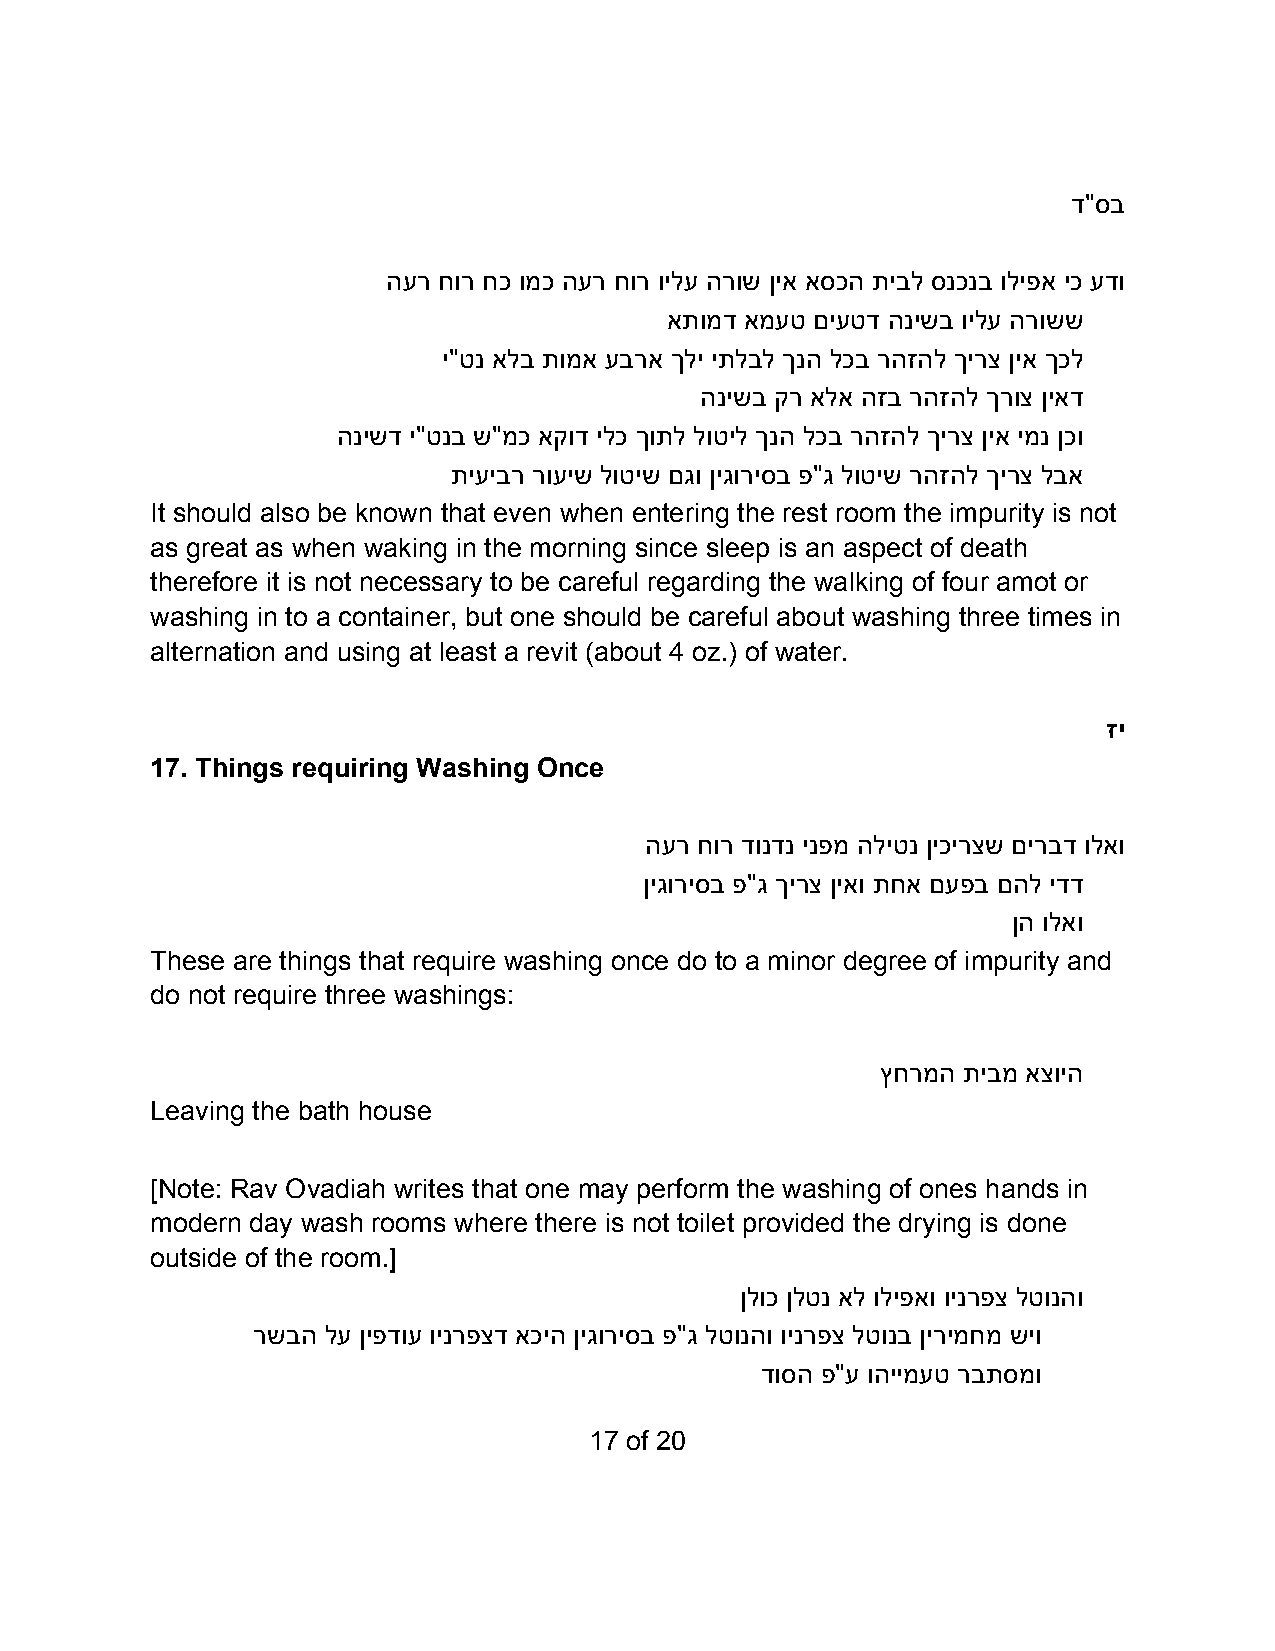
ד"סב
 הער חור חכ ומכ הער חור וילע הרוש ןיא אסכה תיבל סנכנב וליפא יכ עדו
 אתומד אמעט םיעטד הנישב וילע הרושש
 י"טנ אלב תומא עברא ךלי יתלבל ךנה לכב רהזהל ךירצ ןיא ךכל
 הנישב קר אלא הזב רהזהל ךרוצ ןיאד
 הנישד י"טנב ש"מכ אקוד ילכ ךותל לוטיל ךנה לכב רהזהל ךירצ ןיא ימנ ןכו
 תיעיבר רועיש לוטיש םגו ןיגוריסב פ"ג לוטיש רהזהל ךירצ לבא
 It should also be known that even when entering the rest room the impurity is not
 as great as when waking in the morning since sleep is an aspect of death
 therefore it is not necessary to be careful regarding the walking of four amot or
 washing in to a container, but one should be careful about washing three times in
 alternation and using at least a revit (about 4 oz.) of water.
 זי
 17. Things requiring Washing Once
 הער חור דונדנ ינפמ הליטנ ןיכירצש םירבד ולאו
 ןיגוריסב פ"ג ךירצ ןיאו תחא םעפב םהל ידד
 ןה ולאו
 These are things that require washing once do to a minor degree of impurity and
 do not require three washings:
 ץחרמה תיבמ אצויה
 Leaving the bath house
 [Note: Rav Ovadiah writes that one may perform the washing of ones hands in
 modern day wash rooms where there is not toilet provided the drying is done
 outside of the room.]
 ןלוכ ןלטנ אל וליפאו וינרפצ לטונהו
 רשבה לע ןיפדוע וינרפצד אכיה ןיגוריסב פ"ג לטונהו וינרפצ לטונב ןירימחמ שיו
 דוסה פ"ע והיימעט רבתסמו
 17 of 20